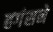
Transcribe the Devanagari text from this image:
हगंसने